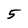
Character: 5